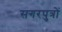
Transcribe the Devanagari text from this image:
सगरपुत्रों